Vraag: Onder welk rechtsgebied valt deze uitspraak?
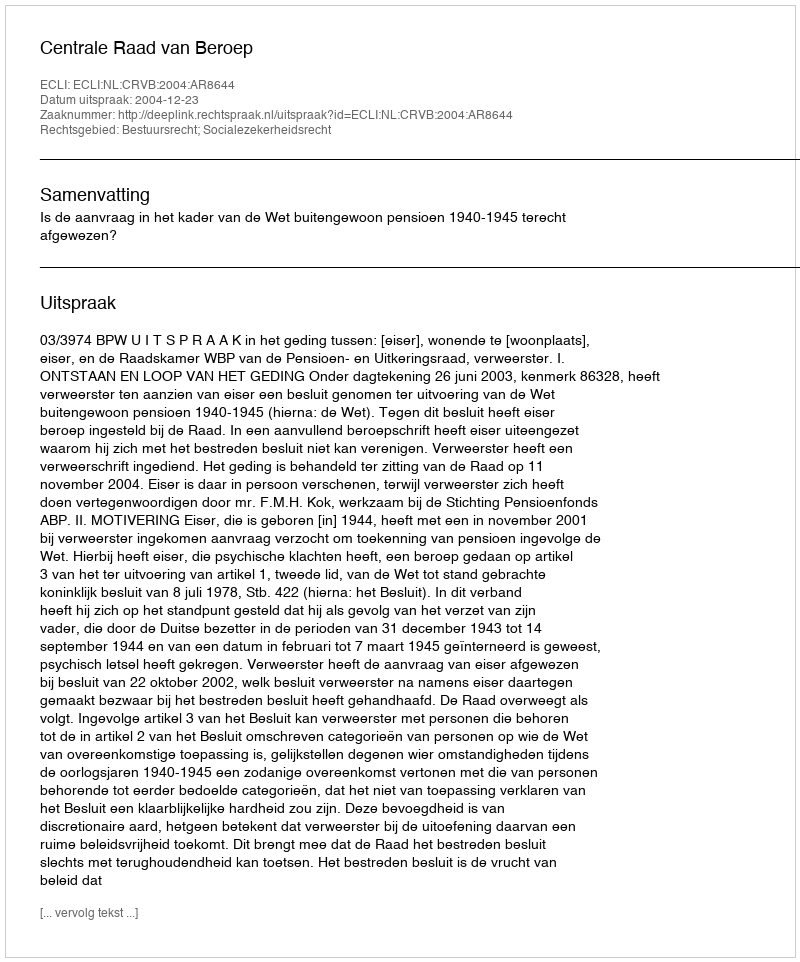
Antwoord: Bestuursrecht; Socialezekerheidsrecht